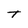
Character: T